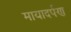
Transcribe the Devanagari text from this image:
मायादर्पण